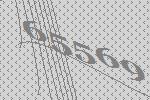
65569